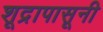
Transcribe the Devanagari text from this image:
शूद्रापासूनी